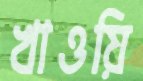
খাওয়ি